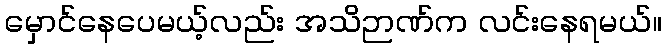
မှောင်နေပေမယ့်လည်း အသိဉာဏ်က လင်းနေရမယ်။